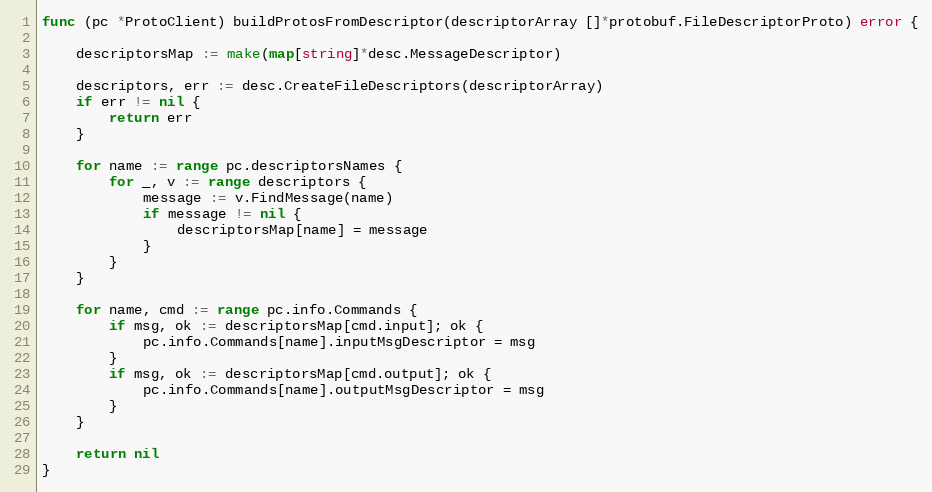
Language: Go
func (pc *ProtoClient) buildProtosFromDescriptor(descriptorArray []*protobuf.FileDescriptorProto) error {

	descriptorsMap := make(map[string]*desc.MessageDescriptor)

	descriptors, err := desc.CreateFileDescriptors(descriptorArray)
	if err != nil {
		return err
	}

	for name := range pc.descriptorsNames {
		for _, v := range descriptors {
			message := v.FindMessage(name)
			if message != nil {
				descriptorsMap[name] = message
			}
		}
	}

	for name, cmd := range pc.info.Commands {
		if msg, ok := descriptorsMap[cmd.input]; ok {
			pc.info.Commands[name].inputMsgDescriptor = msg
		}
		if msg, ok := descriptorsMap[cmd.output]; ok {
			pc.info.Commands[name].outputMsgDescriptor = msg
		}
	}

	return nil
}